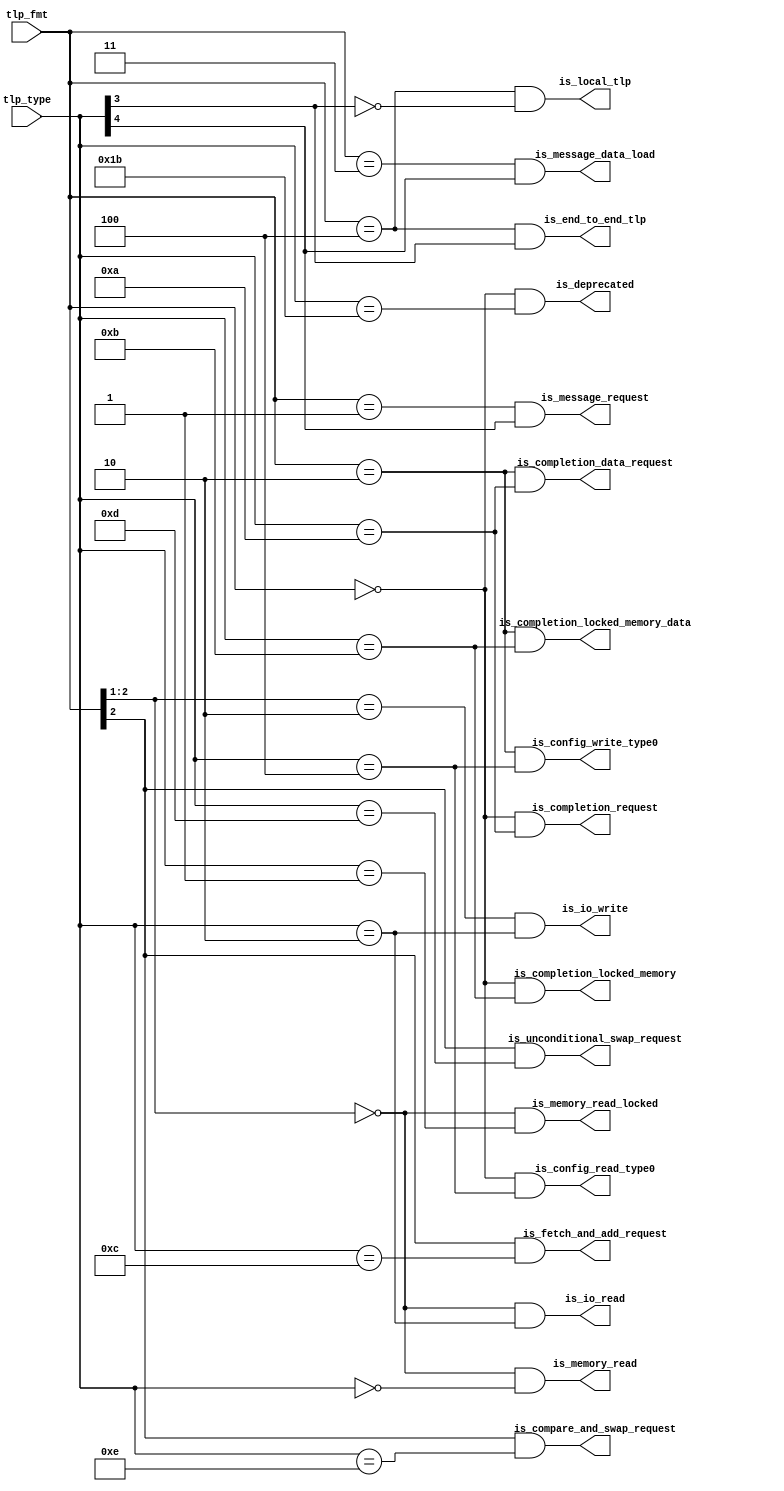
module tlp_decoder(
    input wire [2:0] tlp_fmt,    // TLP Format field (3 bits)
    input wire [4:0] tlp_type,   // TLP Type field (5 bits)
    output reg is_memory_read,           // Memory read request
    output reg is_memory_read_locked,    // Memory read locked request
    output reg is_io_read,               // IO read request
    output reg is_io_write,              // IO write request
    output reg is_config_read_type0,     // Config read Type 0 request
    output reg is_config_write_type0,    // Config write Type 0 request
    output reg is_deprecated,            // Deprecated request
    output reg is_message_request,       // Message request
    output reg is_message_data_load,     // Message data load request
    output reg is_completion_request,    // Completion request
    output reg is_completion_data_request, // Completion data request
    output reg is_completion_locked_memory, // Completion for locked memory without data request
    output reg is_completion_locked_memory_data, // Completion for locked memory with data request
    output reg is_fetch_and_add_request, // Fetch and Add request
    output reg is_unconditional_swap_request, // Unconditional Swap request
    output reg is_compare_and_swap_request, // Compare and Swap request
    output reg is_local_tlp,             // Local TLP request
    output reg is_end_to_end_tlp         // End-to-End TLP request
);

    always @* begin
        // Memory read request
        is_memory_read = (tlp_fmt[2:1] == 2'b00) && (tlp_type == 5'b00000);
        
        // Memory read locked request
        is_memory_read_locked = (tlp_fmt[2:1] == 2'b00) && (tlp_type == 5'b00001);

        // IO read request
        is_io_read = (tlp_fmt[2:1] == 2'b000) && (tlp_type == 5'b00010);
        
        // IO write request
        is_io_write = (tlp_fmt[2:1] == 2'b010) && (tlp_type == 5'b00010);

        // Config read Type 0 request
        is_config_read_type0 = (tlp_fmt == 3'b000) && (tlp_type == 5'b00100);

        // Config write Type 0 request
        is_config_write_type0 = (tlp_fmt == 3'b010) && (tlp_type == 5'b00100);

        // Deprecated request
        is_deprecated = (tlp_fmt == 3'b000) && (tlp_type == 5'b11011);

        // Message request
        is_message_request = (tlp_fmt == 3'b001) && (tlp_type[4] == 1);

        // Message data load request
        is_message_data_load = (tlp_fmt == 3'b011) && (tlp_type[4] == 1);

        // Completion request
        is_completion_request = (tlp_fmt == 3'b000) && (tlp_type == 5'b01010);

        // Completion data request
        is_completion_data_request = (tlp_fmt == 3'b010) && (tlp_type == 5'b01010);

        // Completion for locked memory without data request
        is_completion_locked_memory = (tlp_fmt == 3'b000) && (tlp_type == 5'b01011);

        // Completion for locked memory with data request
        is_completion_locked_memory_data = (tlp_fmt == 3'b010) && (tlp_type == 5'b01011);

        // Fetch and Add request
        is_fetch_and_add_request = (tlp_fmt[2] == 1) && (tlp_type == 5'b01100);

        // Unconditional Swap request
        is_unconditional_swap_request = (tlp_fmt[2] == 1) && (tlp_type == 5'b01101);

        // Compare and Swap request
        is_compare_and_swap_request = (tlp_fmt[2] == 1) && (tlp_type == 5'b01110);

        // Local TLP request
        is_local_tlp = (tlp_fmt == 3'b100) && (tlp_type[3] == 0);

        // End-to-End TLP request
        is_end_to_end_tlp = (tlp_fmt == 3'b100) && (tlp_type[3] == 1);
    end

endmodule